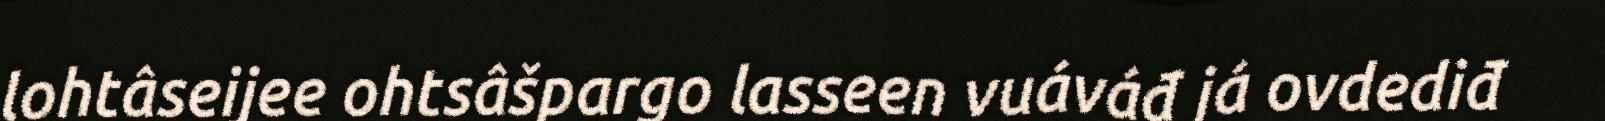
lohtâseijee ohtsâšpargo lasseen vuáváđ já ovdediđ